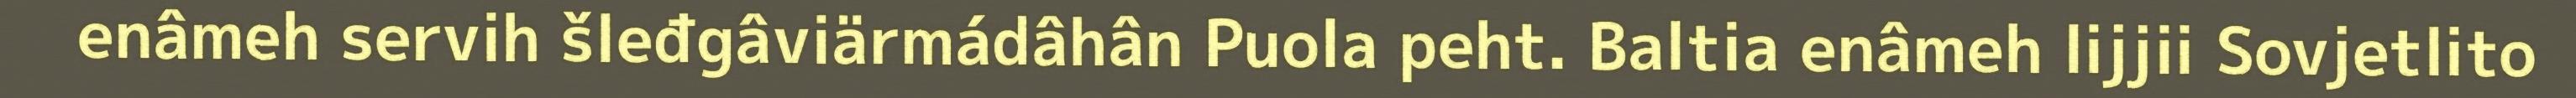
enâmeh servih šleđgâviärmádâhân Puola peht. Baltia enâmeh lijjii Sovjetlito